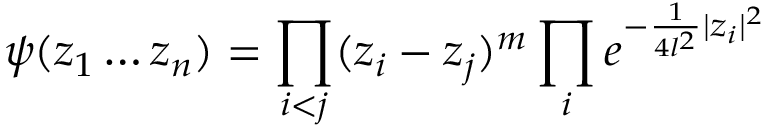
\psi ( z _ { 1 } \ldots z _ { n } ) = \prod _ { i < j } ( z _ { i } - z _ { j } ) ^ { m } \prod _ { i } e ^ { - \frac { 1 } { 4 l ^ { 2 } } | z _ { i } | ^ { 2 } }